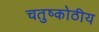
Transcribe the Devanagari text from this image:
चतुष्कोठीय